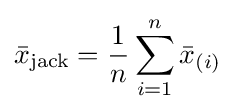
{\bar {x}}_{\mathrm {jack} }={\frac {1}{n}}\sum _{i=1}^{n}{\bar {x}}_{(i)}